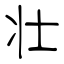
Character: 壮